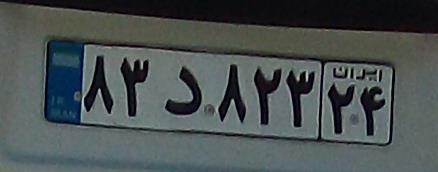
۸۳د۸۲۳۲۴